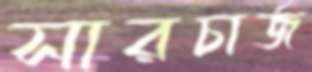
সারচার্জ